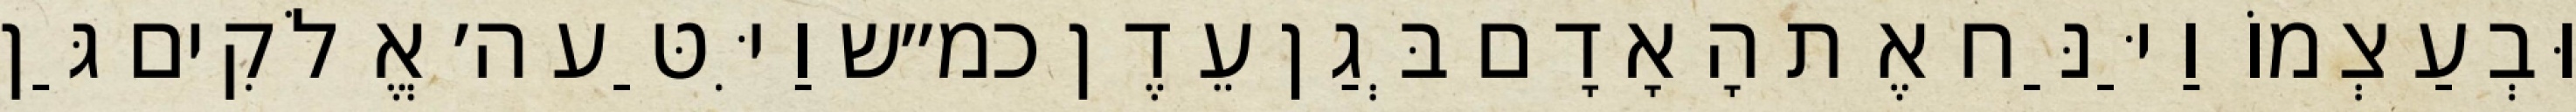
וּבְעַצְמוֹ וַיַּנַּח אֶת הָאָדָם בְּגַן עֵדֶן כמ״ש וַיִּטַּע ה׳ אֱלֹקִים גַּן